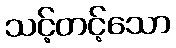
သင့်တင့်သော